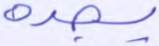
يجده